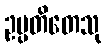
ဥပ္ပတိတေသု